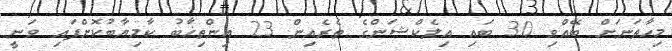
މިހާތަނަށް ބޭއްވި 30 ބައި އިލެކްޝަންގެ ތެރެއިން 23 އިންތިޚާބު ކާމިޔާބުކޮށްފައި ވަނީ